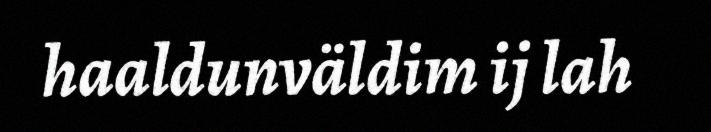
haaldunväldim ij lah